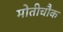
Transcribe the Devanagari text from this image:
मोतीचौक